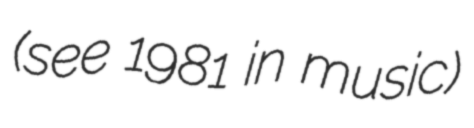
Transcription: (see 1981 in music)